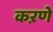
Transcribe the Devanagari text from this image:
कऱणे